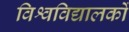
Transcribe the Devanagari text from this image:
विश्वविद्यालकों